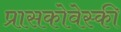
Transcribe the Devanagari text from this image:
प्रासकोवेस्की